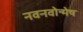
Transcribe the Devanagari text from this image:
नवनवोन्मेष